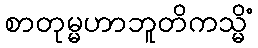
စာတုမ္မဟာဘူတိကသ္မိံ